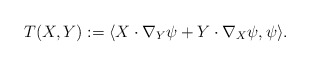
\begin{align*}T(X,Y):=\langle X\cdot\nabla_Y\psi+Y\cdot\nabla_X\psi,\psi\rangle.\end{align*}